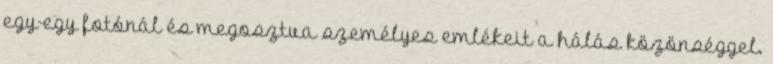
egy-egy fotónál és megosztva személyes emlékeit a hálás közönséggel.